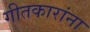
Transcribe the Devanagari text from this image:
गीतकारांना